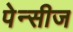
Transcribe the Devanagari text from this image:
पेन्सीज